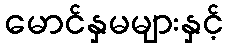
မောင်နှမများနှင့်